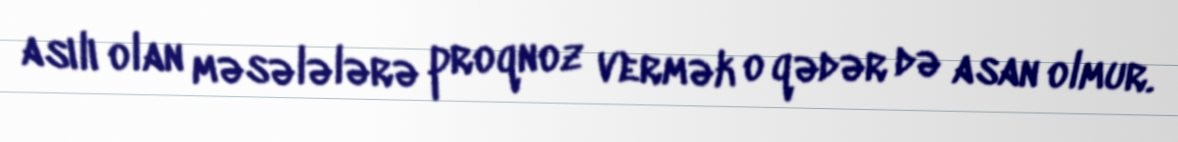
asılı olan məsələlərə proqnoz vermək o qədər də asan olmur.